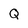
Character: Q